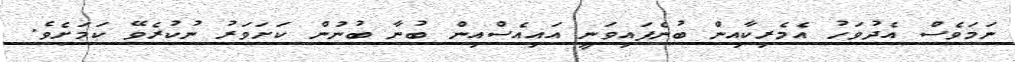
ނަމަވެސް އެދުވަހު އެމެރިކާއިން ބުނެފައިވަނީ އައިއެސްއިން ބުނާ ބުނުން ކަށަވަރު ނުކުރެވޭ ކަމަށެވެ.